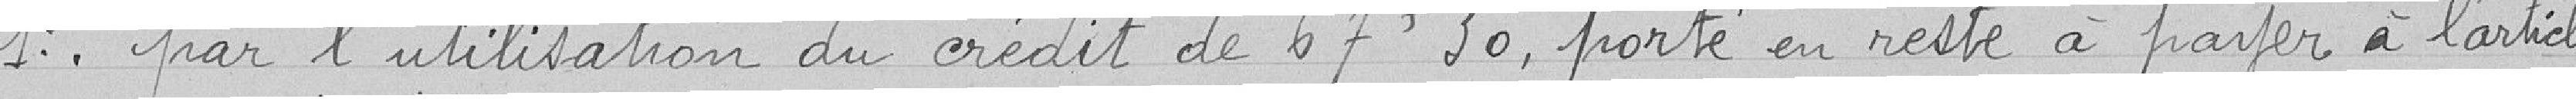
1. par l'utilisation du crédit de 67,30 francs porté en reste à payer à l'article